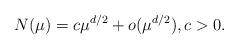
LaTeX: \begin{align*}N(\mu) = c\mu^{d/2} + o(\mu^{d/2}), c>0.\end{align*}